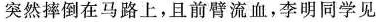
突然摔倒在马路上，且前臂流血，李明同学见